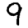
Digit: 9